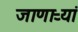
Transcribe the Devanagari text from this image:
जाणाऱ्यां